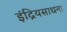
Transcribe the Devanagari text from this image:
इंद्रियसाधना